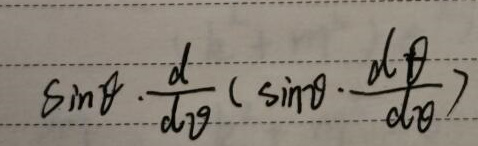
\(\sin\theta\cdot\frac{d}{d\theta}(\sin\theta\cdot\frac{d\theta}{d\theta})\)